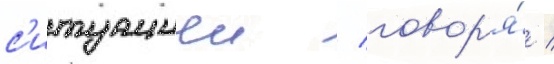
с'итуациеи / говор'я́ /